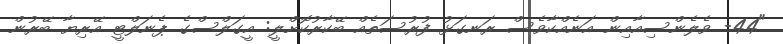
"44- ވެލެންސިއާއިން އަނެއްކާވެސް ރަނގަޅު ފުރުސަތެއް ބޭކާރުކޮށްލީ: އީގަލްސްގެ ޕެނަލްޓީ އޭރިޔާ ބޭރުން